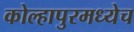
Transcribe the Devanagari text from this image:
कोल्हापुरमध्येच